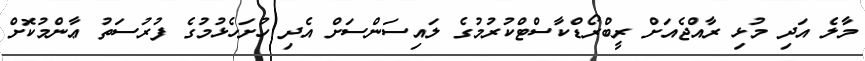
މާލެ އަދި މުޅި ރާއްޖެއަށް ރީބްރޯޑްކާސްޓްކުރުމުގެ ލައިސަންސަށް އެދި ހުށަހެޅުމުގެ ފުރުސަތު ޢާންމުކޮށް